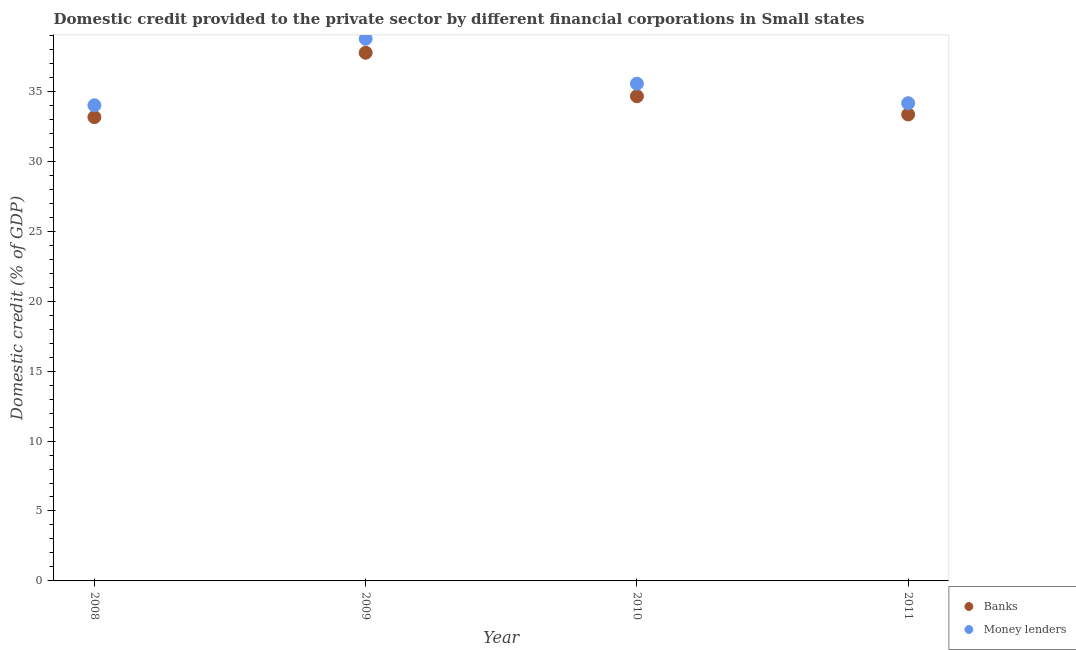
| Year | Banks | Money lenders |
 | --- | --- | --- |
 | 2008 | 33.2 | 34 |
 | 2009 | 37.8 | 38.8 |
 | 2010 | 34.7 | 35.6 |
 | 2011 | 33.3 | 34.2 |